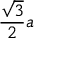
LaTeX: { \frac { \sqrt { 3 } } { 2 } } a